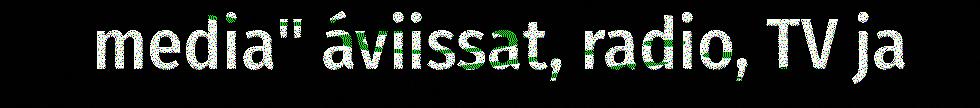
media" áviissat, radio, TV ja